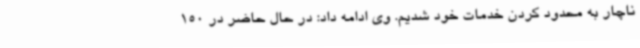
ناچار به محدود کردن خدمات خود شدیم. وی ادامه داد: در حال حاضر در 150